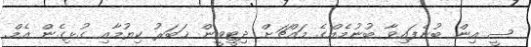
ސީ އިން ބުނެފައިވާ ބުނުމެއްގެ މައްޗަށް ދިޓީވީން ޚަބަރު ކިޔުމާއި ގުޅިގެން އެމް.